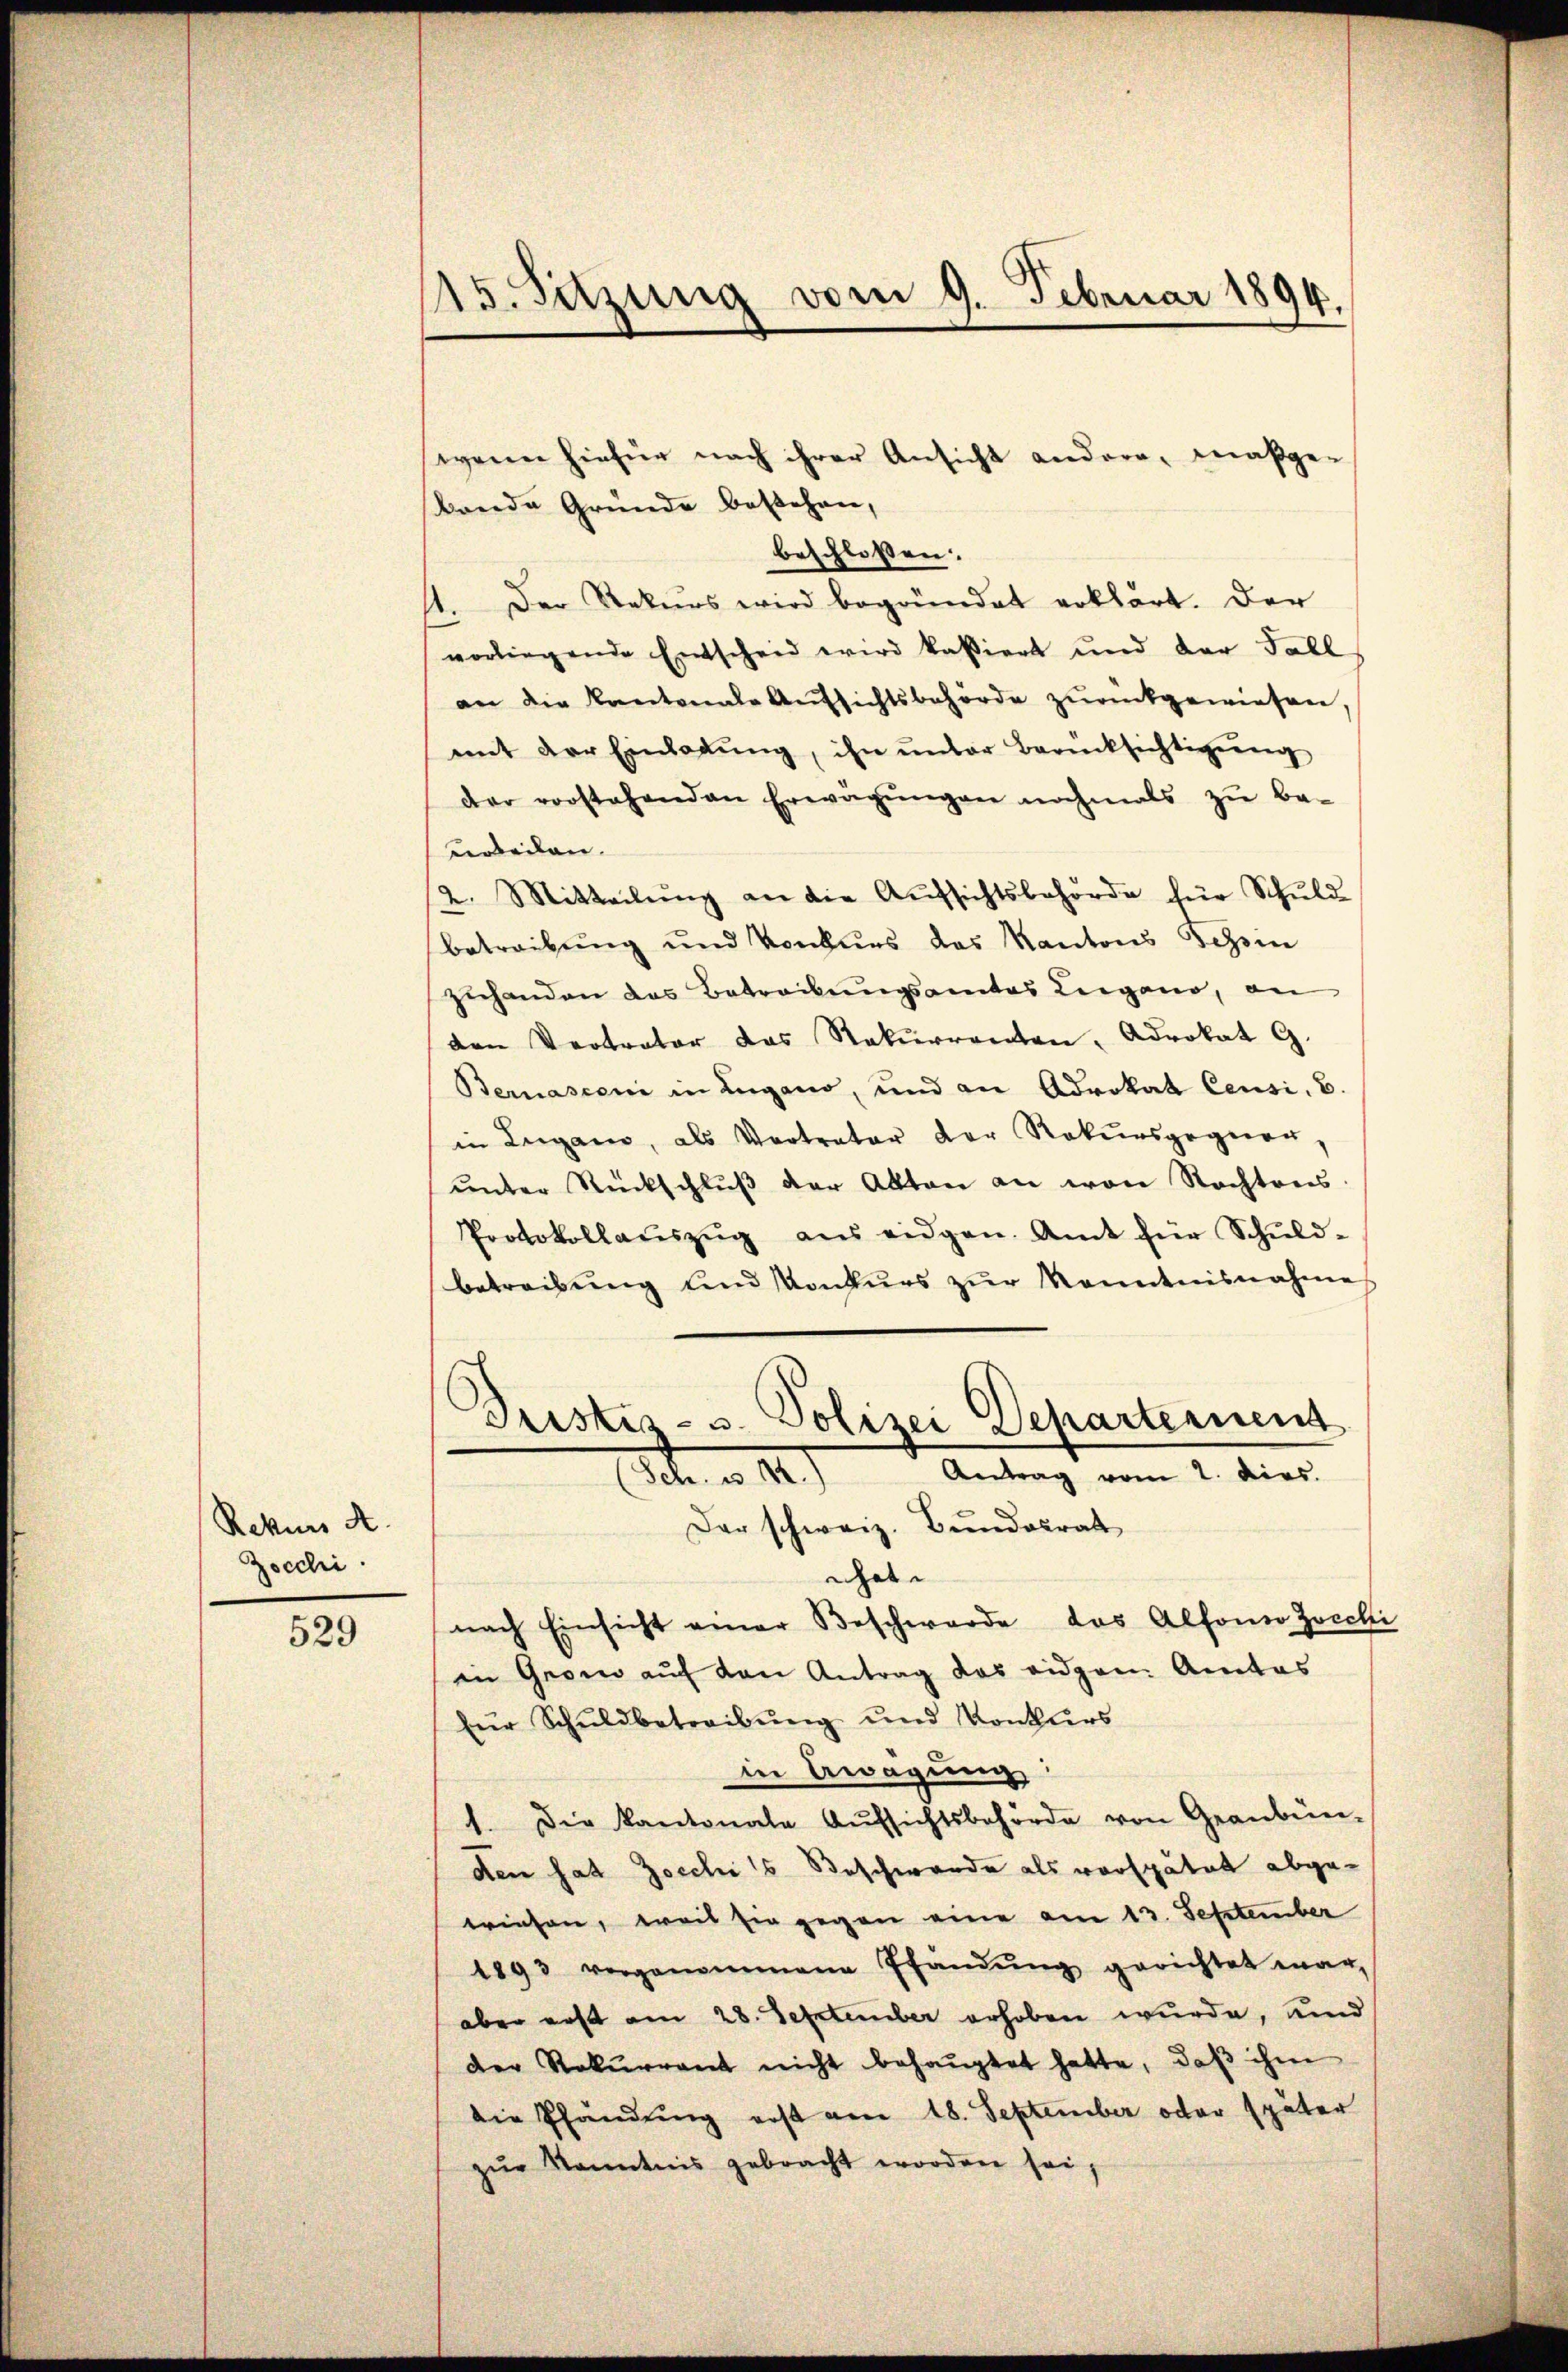
Rekurs A.
Zocchi.

529

15. Setzung vom 9. Februar 1894.

wenn hiefür nach ihrer Ansicht andere, maßgebende Gründe bestehen,
beschlossen.
11. Der Rekurs wird begründet erklärt. Der
vorliegende Entscheid wird kassiert und der Fall
an die Kantonale Aufsichtsbehörde zurückgewiesen,
mit der Einladŭng, ihn ŭnter Berücksichtigŭng
der vorstehenden Erwägŭngen nochmals zu be-
verteilen.
2. Mitteilŭng an die Aŭfsichtsbehörde für Schuld
betreibung und Konkurs das Kantons Tessin
zuhanden das Betreibungsamtes Lugano, an
den Vertrater das Rekurrenten, Advokat G.
Bernasconi in Lugano, und an Advokat Censi. B.
in Lugano, als Vertrater der Rekursgegnen,
ŭnter Rückschlŭβ der Akten an von Nachtens
Protokollaŭszŭg aŭs eidgen. Amt für Schŭld-
betreibŭng und Konkŭrs zŭr Kenntnisnahme
Tristis- u. Polizei Departement
Antrag vom 2. dies
a. a. 12
Der schweiz. Bundesrat
nhat
nach Einsicht einer Beschwerde das Alfondo zocchi
in Grono auf den Antrag das eidgen. Amtes
für Schuldbetreibŭng und Konkurs
in Erwägung
1. Die Kantonale Aŭfsichtsbehörde von Geanbün-
den hat Jocchi's Beschwerde als verspätet abgewiesen, weil sie gegen eine am 13. September
1893 vorgenommene Pfandŭng gerichtet war,
aber erst am 28. September erhoben wurde, und
der Rekurrent nicht behauptet hatte, daß ihm
die Pfändung erst am 18. September oder später
zŭr Kenntnis gebracht worden sei,